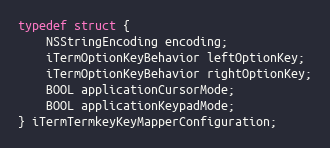
Language: C
typedef struct {
    NSStringEncoding encoding;
    iTermOptionKeyBehavior leftOptionKey;
    iTermOptionKeyBehavior rightOptionKey;
    BOOL applicationCursorMode;
    BOOL applicationKeypadMode;
} iTermTermkeyKeyMapperConfiguration;